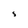
Character: S